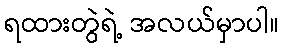
ရထားတွဲရဲ့ အလယ်မှာပါ။